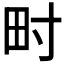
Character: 𤰥